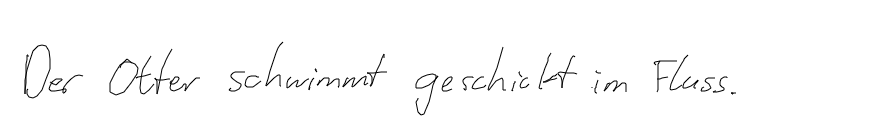
Der Otter schwimmt geschickt im Fluss.